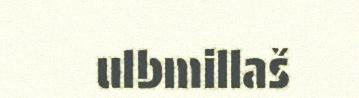
ulbmillaš